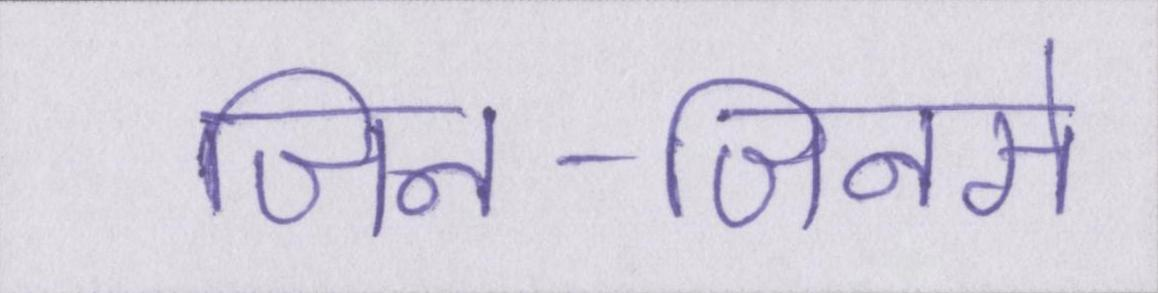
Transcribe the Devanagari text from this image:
जिन-जिनसे